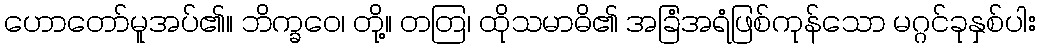
ဟောတော်မူအပ်၏။ ဘိက္ခဝေ၊ တို့။ တတြ၊ ထိုသမာဓိ၏ အခြံအရံဖြစ်ကုန်သော မဂ္ဂင်ခုနှစ်ပါး